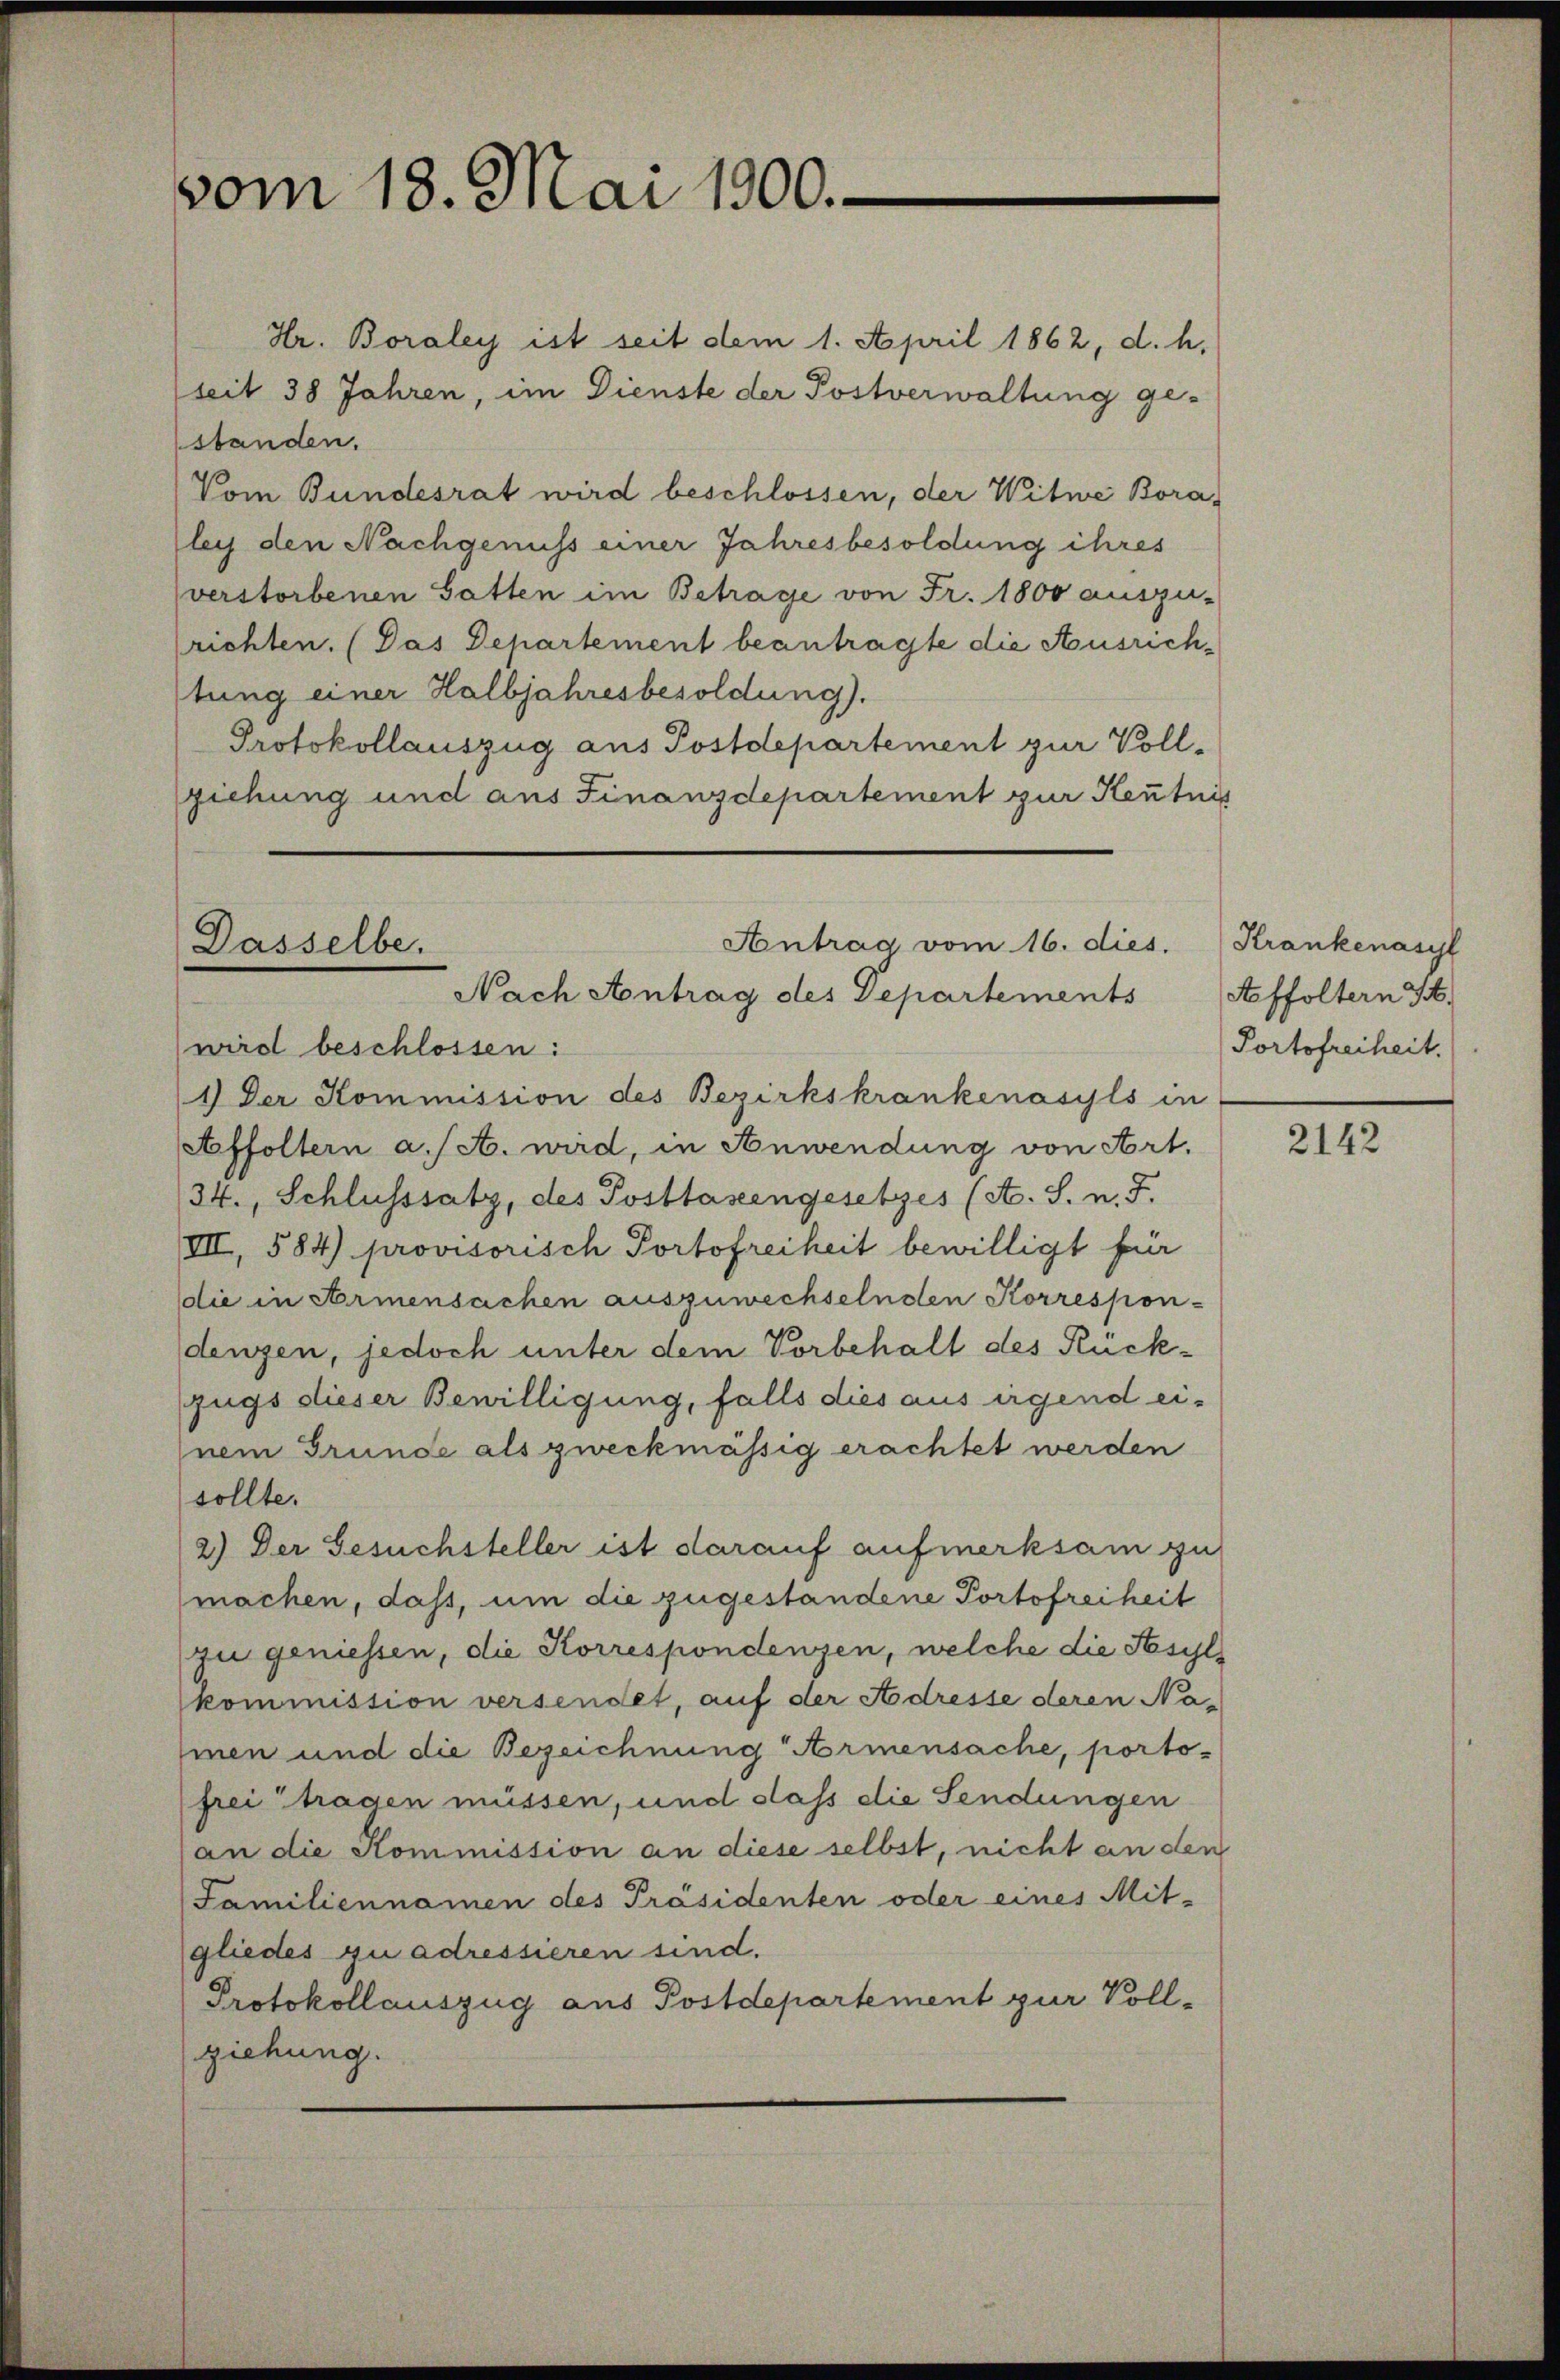
vom 18. Mai 1800.

Antrag vom 16. dies.
Dasselbe.
Nach Antrag des Departements

Hr. Boraley ist seit dem 1. April 1862, d. h.
seit 38 Jahren, im Dienste der Postverwaltung ge-
standen.
Vom Bundesrat wird beschlossen, der Witwe Bora-
ley den Nachgenuss einer Jahresbesoldung ihres
verstorbenen Gatten im Betrage von Fr. 1800 auszu-
richten. (Pas Departement beantragte die Ausrichtung einer Halbjahresbesoldung).
Protokollauszug aus Postdepartement zur Vollziehung und aus Finanzdepartement zur Kenntnis

wird beschlossen:
1) Der Kommission des Bezirkskrankenasyls in
Affoltern a/A. wird, in Anwendung von Art.
34., Schlusssatz, des Posttasengesetzes (A. S. n. F.
VII, 584) provisorisch Portofreiheit bewilligt für
die in Armensachen auszuwechselnden Korrespon-
denzen, jedoch unter dem Vorbehalt des Rückzugs dieser Bewilligung, falls dies aus irgend einem Grunde als zweckmässig erachtet werden
sollte.
2.) Der Gesuchsteller ist darauf aufmerksam zu
machen, dass, um die zugestandene Portofreiheit
zu geniessen, die Korrespondenzen, welche die Fasyl
kommission versendet, auf der Adresse deren Na-
hmen und die Bezeichnung Armensache, portofrei tragen müssen, und dass die Sendungen
(an die Kommission an diese selbst, nicht an den
Familiennamen des Präsidenten oder eines Mit-
gliedes qu adressieren sind.
Protokollauszug aus Postdepartement zur Vollziehung.

Krankenasyl
Affoltern H.
Portofreiheit.

2142